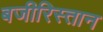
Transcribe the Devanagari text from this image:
बजीरिस्तान